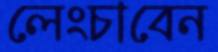
লেংচাবেন